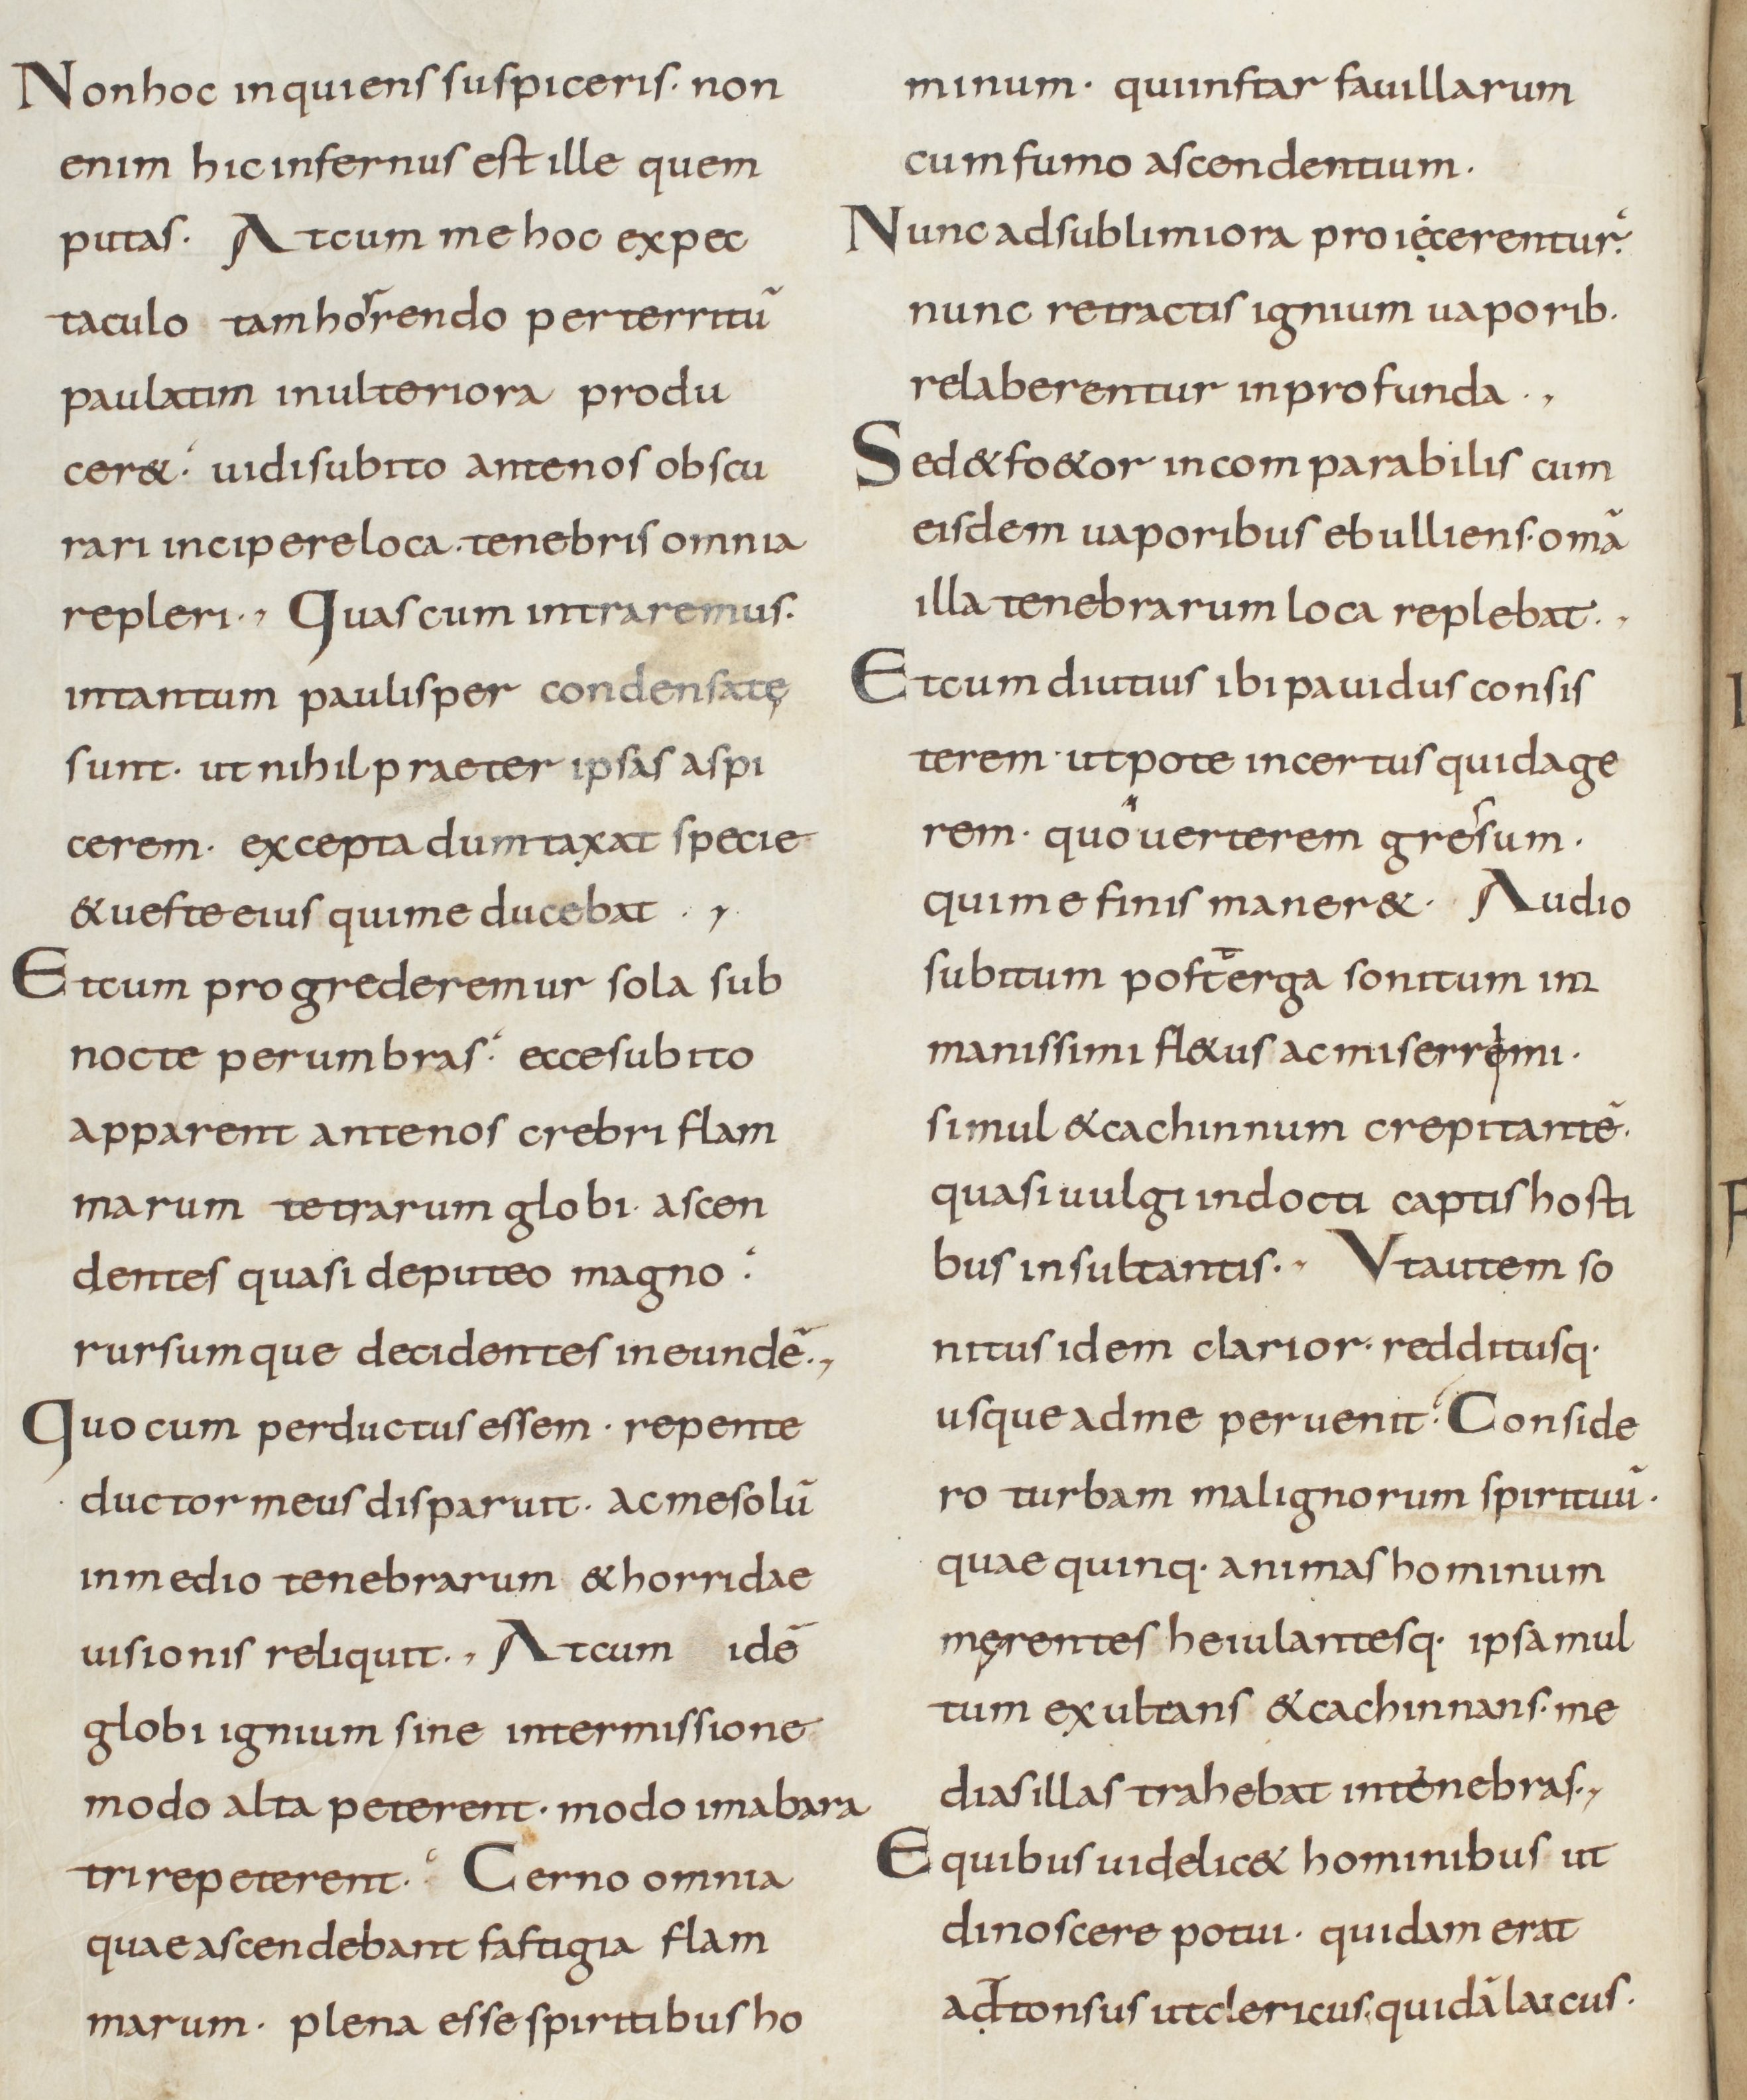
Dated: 800–899